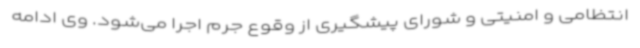
انتظامی و امنیتی و شورای پیشگیری از وقوع جرم اجرا می‌شود. وی ادامه